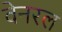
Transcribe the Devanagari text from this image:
वेनरल